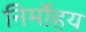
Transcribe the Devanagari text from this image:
निर्मोहय